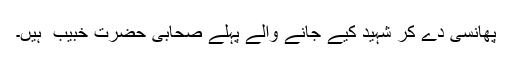
پھانسی دے کر شہید کیے جانے والے پہلے صحابی حضرت خبیب ؓ ہیں۔